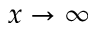
x \rightarrow \infty